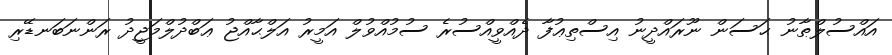
އައްސުލްޠާނު ޙަސަން ނޫރައްދީނު އިސްތިޢުފާ ދެއްވީއްސުރެ ސުމުއްވުލް އަމީރު އަލްޙާއްޖު ޢަބްދުލްމަޖީދު ރަންނަބަނޑޭރި